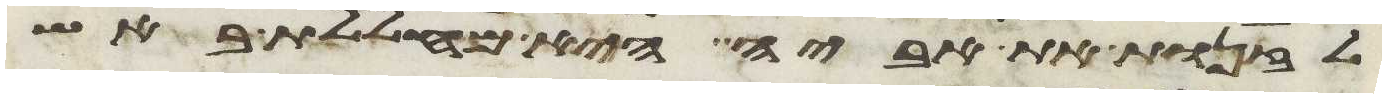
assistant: לזנות את אביה היא מחללת באש